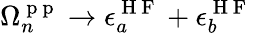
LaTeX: \Omega_{n}^{\mathrm{~p~p~}}\to\epsilon_{a}^{\mathrm{~H~F~}}+\epsilon_{b}^{\mathrm{~H~F~}}